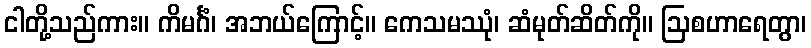
ငါတို့သည်ကား။ ကိမင်္ဂံ၊ အဘယ်ကြောင့်။ ကေသမဿုံ၊ ဆံမုတ်ဆိတ်ကို။ ဩစဟာရေတွာ၊